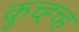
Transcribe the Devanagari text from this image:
कुच्ह्च्ह